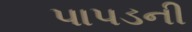
પાપડની